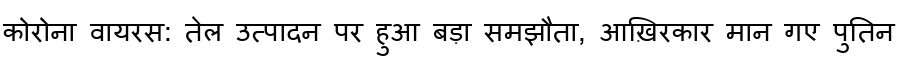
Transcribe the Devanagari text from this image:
कोरोना वायरस: तेल उत्पादन पर हुआ बड़ा समझौता, आख़िरकार मान गए पुतिन